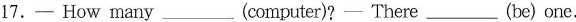
17.—How many ___ (computer)? — There ___ (be) one.